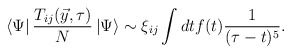
\begin{align*}\left<\Psi\right| {T_{ij}(\vec{y},\tau) \over N} \left| \Psi \right>\sim \xi_{ij} \int {dtf(t) {1 \over (\tau - t)^5}}.\end{align*}